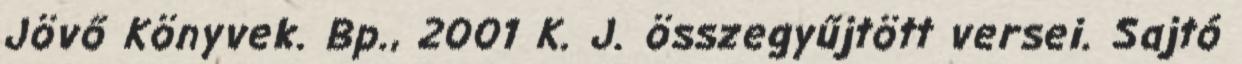
Jövő Könyvek. Bp., 2001 K. J. összegyűjtött versei. Sajtó